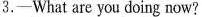
3.-What are you doing now?